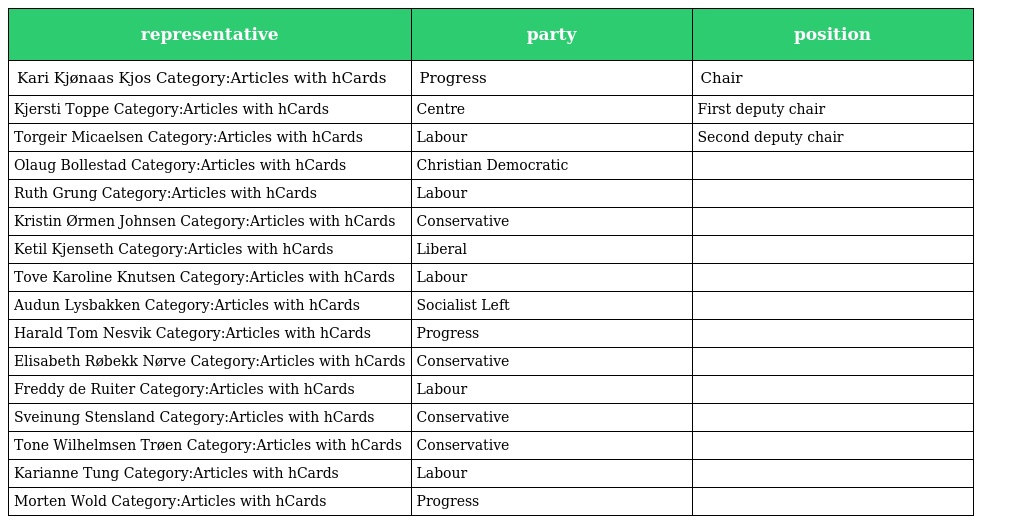
| representative | party | position |
 | --- | --- | --- |
 | Kari Kjønaas Kjos Category:Articles with hCards | Progress | Chair |
 | Kjersti Toppe Category:Articles with hCards | Centre | First deputy chair |
 | Torgeir Micaelsen Category:Articles with hCards | Labour | Second deputy chair |
 | Olaug Bollestad Category:Articles with hCards | Christian Democratic |  |
 | Ruth Grung Category:Articles with hCards | Labour |  |
 | Kristin Ørmen Johnsen Category:Articles with hCards | Conservative |  |
 | Ketil Kjenseth Category:Articles with hCards | Liberal |  |
 | Tove Karoline Knutsen Category:Articles with hCards | Labour |  |
 | Audun Lysbakken Category:Articles with hCards | Socialist Left |  |
 | Harald Tom Nesvik Category:Articles with hCards | Progress |  |
 | Elisabeth Røbekk Nørve Category:Articles with hCards | Conservative |  |
 | Freddy de Ruiter Category:Articles with hCards | Labour |  |
 | Sveinung Stensland Category:Articles with hCards | Conservative |  |
 | Tone Wilhelmsen Trøen Category:Articles with hCards | Conservative |  |
 | Karianne Tung Category:Articles with hCards | Labour |  |
 | Morten Wold Category:Articles with hCards | Progress |  |